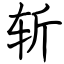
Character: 斩